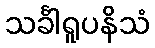
သင်္ခါရူပနိသံ